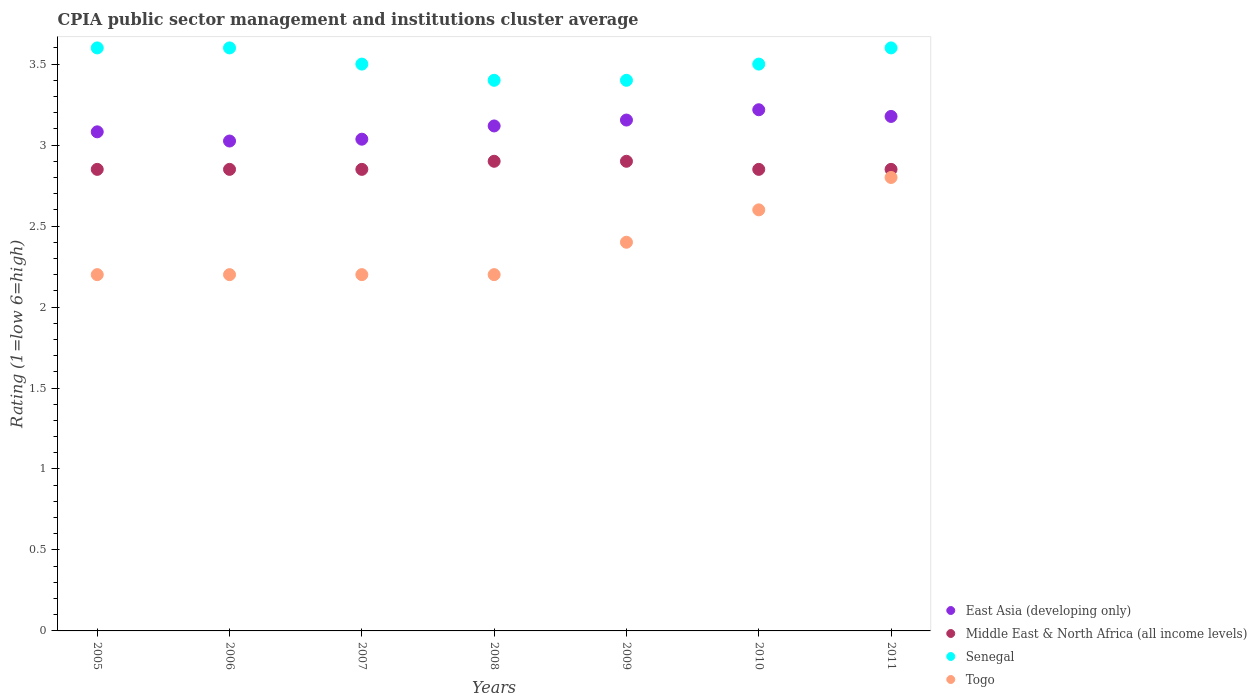
| Years | East Asia (developing only) | Middle East & North Africa (all income levels) | Senegal | Togo |
 | --- | --- | --- | --- | --- |
 | 2005 | 3.08 | 2.85 | 3.6 | 2.2 |
 | 2006 | 3.02 | 2.85 | 3.6 | 2.2 |
 | 2007 | 3.04 | 2.85 | 3.5 | 2.2 |
 | 2008 | 3.12 | 2.9 | 3.4 | 2.2 |
 | 2009 | 3.15 | 2.9 | 3.4 | 2.4 |
 | 2010 | 3.22 | 2.85 | 3.5 | 2.6 |
 | 2011 | 3.18 | 2.85 | 3.6 | 2.8 |